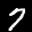
Label: 7